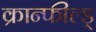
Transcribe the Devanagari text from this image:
क्रान्फील्ड्